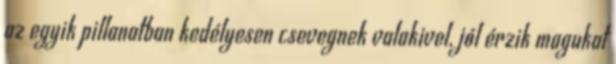
az egyik pillanatban kedélyesen csevegnek valakivel, jól érzik magukat